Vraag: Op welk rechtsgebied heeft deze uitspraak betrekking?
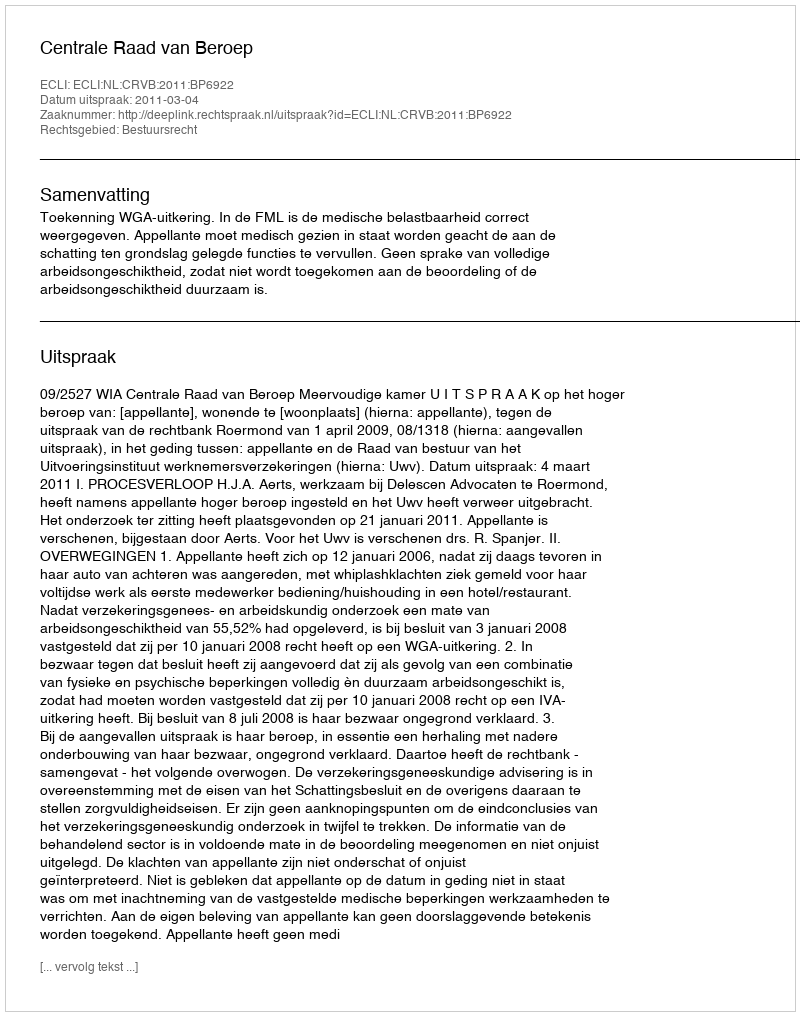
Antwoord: Bestuursrecht